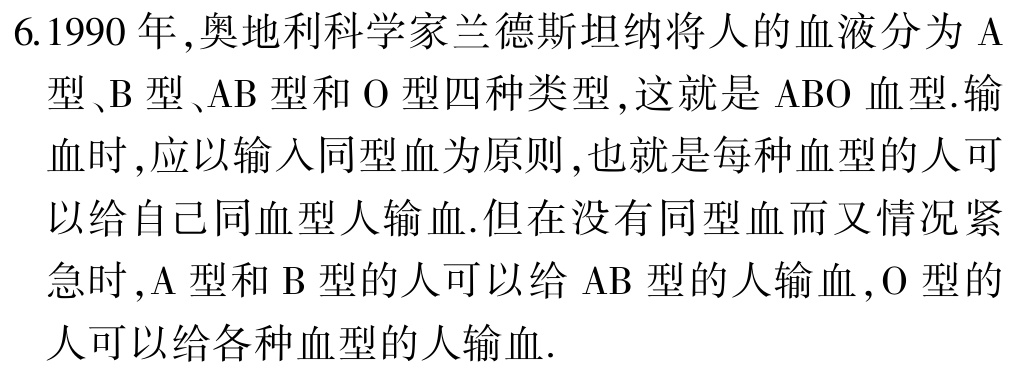
6.1990 年,奥地利科学家兰德斯坦纳将人的血液分为 A型、B 型、AB 型和 O 型四种类型,这就是 ABO 血型.输血时,应以输入同型血为原则,也就是每种血型的人可以给自己同血型人输血.但在没有同型血而又情况紧急时,A 型和 B 型的人可以给 AB 型的人输血,O 型的人可以给各种血型的人输血.